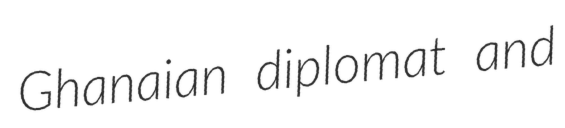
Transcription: Ghanaian diplomat and